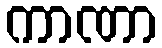
ကာဏာ